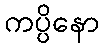
ကပ္ပိနော